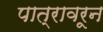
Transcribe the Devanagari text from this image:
पात्रावरून